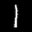
Label: 1